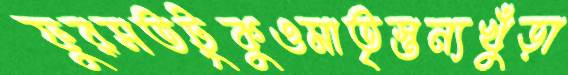
ফুরসতটুকুওমাতৃস্তন্যখুঁড়া